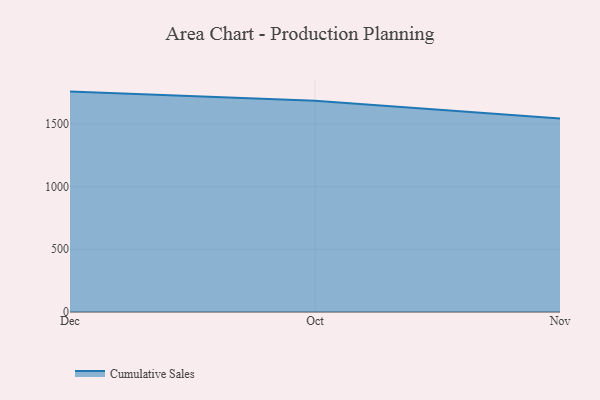
{"axis": {"x": "Month", "y": "Backlog"}, "legend": ["Cumulative Sales"], "data": [{"x": "Dec", "y": 1757.2, "type": "Cumulative Sales"}, {"x": "Oct", "y": 1685.0, "type": "Cumulative Sales"}, {"x": "Nov", "y": 1542.3, "type": "Cumulative Sales"}]}